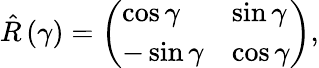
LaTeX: \hat{R}\left(\gamma\right)=\left(\begin{array}{ll}{\cos{\gamma}}&{\sin{\gamma}}\\ {-\sin{\gamma}}&{\cos{\gamma}}\end{array}\right),